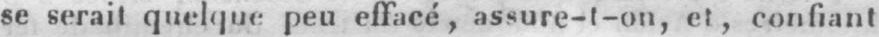
se serait quelque peu effacé, assure-t-on, et, confiant